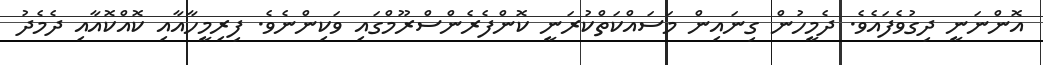
އޮންނަނީ ދިގުވެފައެވެ. ދެމީހުން ގިނައިން މަސައްކަތްކުރަނީ ކޮންފެރެންސްރޫމްގައި ވަކިންނެވެ. ފިރިމީހާއާއި ކޮއްކޮއާއި ދެމެދު